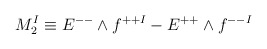
\begin{align*}M^I_2 \equiv E^{--} \wedge f^{++I} - E^{++} \wedge f^{--I}\end{align*}